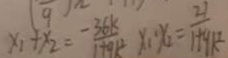
x _ { 1 } + x _ { 2 } = - \frac { 3 6 k } { 1 + 9 k ^ { 2 } } x _ { 1 } \cdot x _ { 2 } = \frac { 2 1 } { 1 + 9 k ^ { 2 } }